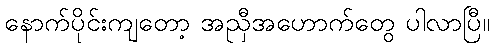
နောက်ပိုင်းကျတော့ အညှီအဟောက်တွေ ပါလာပြီ။